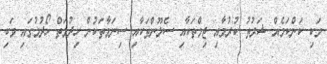
ވަކި ކަންކަމެއް ޝަރުތު ކުރުމާއި ޖިމްތަކާއި ސެލޫންތަކާއި ސިނަމާތަކުން ހިދުމަތް ހޯދުމުގައި ވަކި